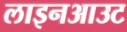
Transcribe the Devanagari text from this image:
लाइनआउट